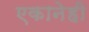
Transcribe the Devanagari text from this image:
एकानेही